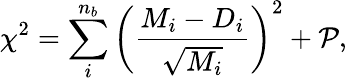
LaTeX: \chi^{2}=\sum_{i}^{n_{b}}\left(\frac{M_{i}-D_{i}}{\sqrt{M_{i}}}\right)^{2}+\mathcal{P},